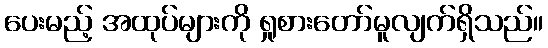
ပေးမည့် အထုပ်များကို ရှုစားတော်မူလျက်ရှိသည်။